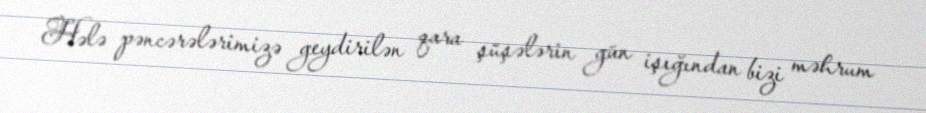
Hələ pəncərələrimizə geydirilən qara şüşələrin gün işığından bizi məhrum